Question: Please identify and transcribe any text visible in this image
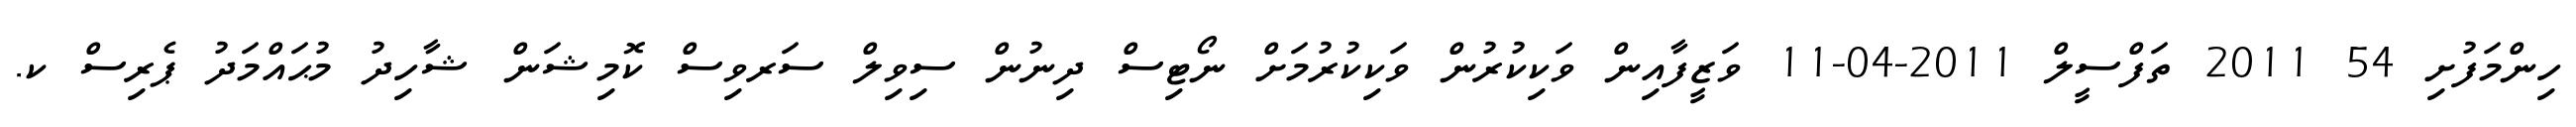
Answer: ހިންމަފުށި 54 2011 ތަފްސީލް 2011-04-11 ވަޒީފާއިން ވަކިކުރުން ވަކިކުރުމަށް ނޯޓިސް ދިނުން ސިވިލް ސަރވިސް ކޮމިޝަން ޝާހިދު މުޙައްމަދު ޕެރިސް ކ.